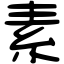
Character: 素